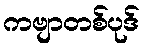
ကဗျာတစ်ပုဒ်